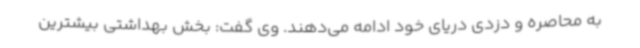
به محاصره و دزدی دریای خود ادامه می‌دهند. وی گفت: بخش بهداشتی بیشترین